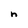
Character: n